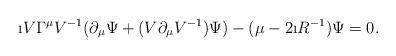
LaTeX: \begin{align*} \i V\Gamma ^{\mu}V^{-1}(\partial _{\mu}\Psi +(V\partial _{\mu}V^{-1})\Psi )-(\mu -2\i R^{-1})\Psi =0.\end{align*}